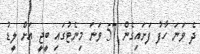
ދެ ވަނަ ހާފު ފަށައިގެން 57 ވަނަ މިނެޓުގައި ބީޖީ އަށް ލީޑު